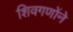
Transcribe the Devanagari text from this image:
शिवगणोंने